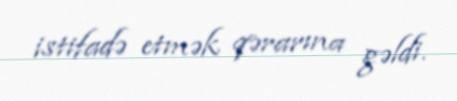
istifadə etmək qərarına gəldi.